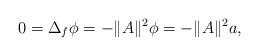
LaTeX: \begin{align*}0=\Delta_f \phi=-\|A\|^2\phi=-\|A\|^2 a,\end{align*}